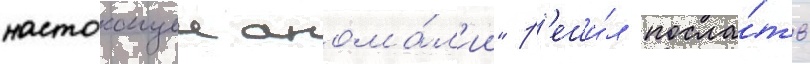
настоащеи анома́л'ии" р'еши́л посла́ть